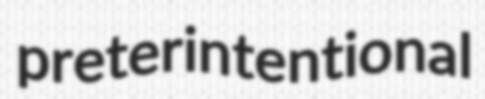
preterintentional